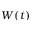
W ( t )